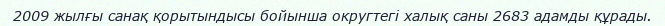
2009 жылғы санақ қорытындысы бойынша округтегі халық саны 2683 адамды құрады.